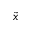
\tilde { x }